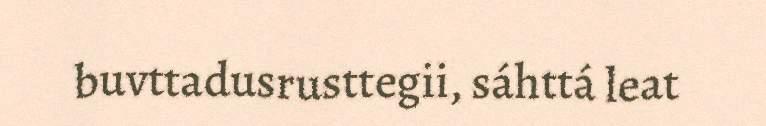
buvttadusrusttegii, sáhttá leat